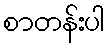
စာတန်းပါ